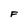
Character: F